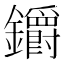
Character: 𨰜